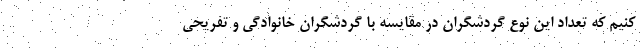
کنیم که تعداد این نوع گردشگران در مقایسه با گردشگران خانوادگی و تفریحی